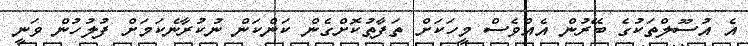
އެ އުސޫލްތަކުގެ ބޭރުން އެއްވެސް މީހަކަށް ތަފާތުކޮށްގެން ކަންކަން ނުކުރާނެކަމަށް ފުލުހުން ވަނީ